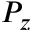
P _ { z }